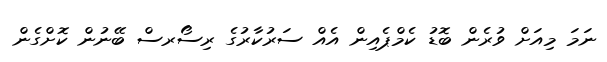
ނަމަ މިއަށް ވުރެން ބޮޑު ކެމްޕެއިން އެއް ސަރުކާރުގެ ރިސޯރސް ބޭނުން ކޮށްގެން